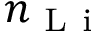
n _ { \mathrm { ~ L ~ i ~ } }